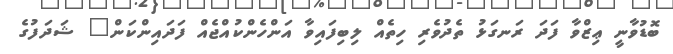
ބޮޑުވާނީ ޢިޒްވާ ފަދަ ރަނގަޅު ތެދުވެރި ހިތެއް ލިބިފައިވާ އަންހެންކުއްޖެއް ފަދައިންކަން" ޝަދަފުގެ